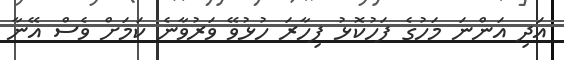
އަދި އަންނަ މަހުގެ ފަހުކޮޅު ފިހާރަ ހުޅުވޭ ވަރުވާނެ ކަމަށް ވެސް އޭނާ